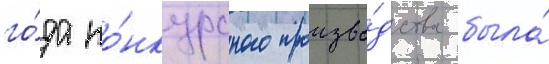
го́да ко́нкурсного произво́дства была́